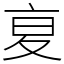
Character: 㚆